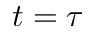
t = \tau